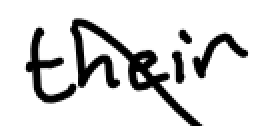
Text: their
Cross-out: diagonal
Writing tool: digital_black